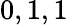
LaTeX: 0,1,1